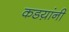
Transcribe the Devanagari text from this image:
कडय़ांनी